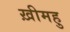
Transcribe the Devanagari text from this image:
ख़ीमहु